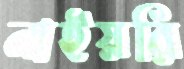
নাইয়রি